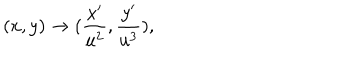
( x , y ) \rightarrow ( \frac { x ^ { \prime } } { u ^ { 2 } } , \frac { y ^ { \prime } } { u ^ { 3 } } ) ,